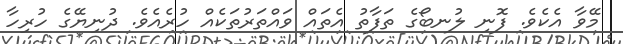
މޭވާ އެކެވެ. ފޮނި ލުނބޯގެ ތަފާތު އެތައް ވައްތަރުތަކެއް ހުރެއެވެ. ދުނިޔޭގެ ހުރިހާ